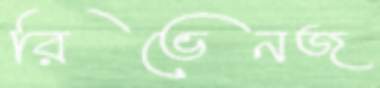
রিভেনজ